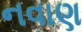
નવાણ